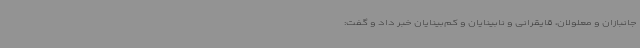
جانبازان و معلولان، قایقرانی و نابینایان و کم‌بینایان خبر داد و گفت: